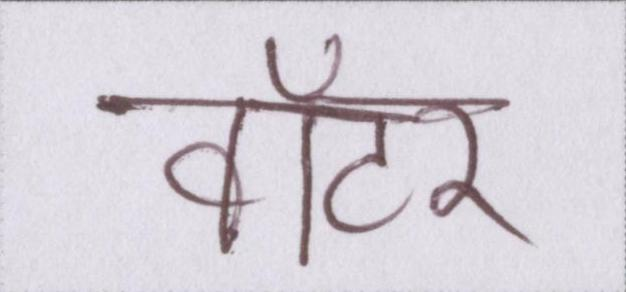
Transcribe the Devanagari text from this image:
वॉटर